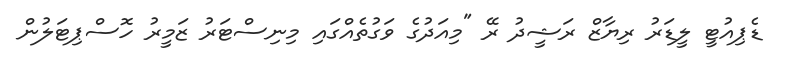
ޑެޕިއުޓީ ލީޑަރު ރިޔާޒް ރަޝީދު ރޭ "މިއަދުގެ ވަގުތެއްގައި މިނިސްޓަރު ޒަމީރު ހޮސްޕިޓަލުން